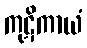
ကုဋိကာယံ